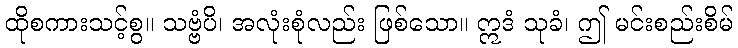
ထိုစကားသင့်စွ။ သဗ္ဗံပိ၊ အလုံးစုံလည်း ဖြစ်သော။ ဣဒံ သုခံ၊ ဤ မင်းစည်းစိမ်